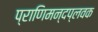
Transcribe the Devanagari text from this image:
प्राणिमन्दप्लवक